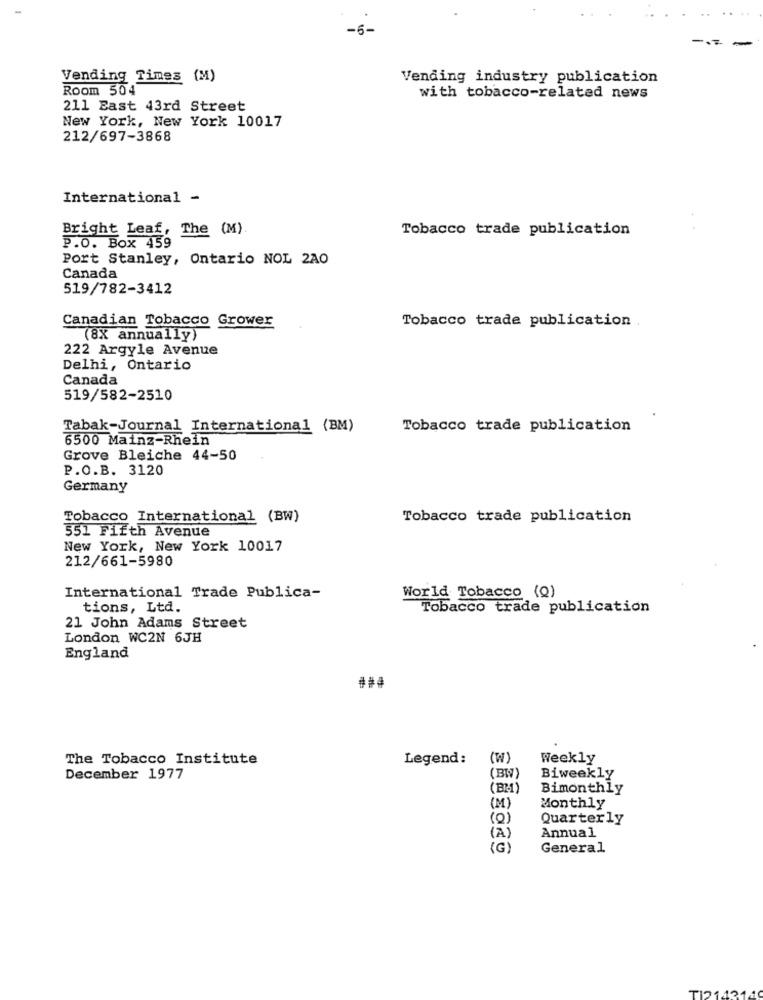
-6-
Vending Times (M)
Vending industry publication
Room 504
with tobacco-related news
211 East 43rd Street
New York, New York 10017
212/697-3868
International -
Bright Leaf, The (M)
Tobacco trade publication
P.O. Box 459
Port Stanley, Ontario NOL 2AO
Canada
519/782-3412
Canadian Tobacco Grower
Tobacco trade publication .
(8X annually)
222 Argyle Avenue
Delhi, Ontario
Canada
519/582-2510
Tabak-Journal International (BM)
Tobacco trade publication
6500 Mainz-Rhein
Grove Bleiche 44-50
P.O.B. 3120
Germany
Tobacco International (BW)
Tobacco trade publication
551 Fifth Avenue
New York, New York 10017
212/661-5980
International Trade Publica-
World Tobacco (Q)
tions, Ltd.
Tobacco trade publication
21 John Adams Street
London WC2N 6JH
England
The Tobacco Institute
Legend:
(W)
Weekly
December 1977
(BW)
Biweekly
(BR-1)
Bimonthly
(M)
Monthly
(Q)
Quarterly
(A)
Annual
(G)
General
TI214